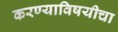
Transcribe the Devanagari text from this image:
करण्याविषयीचा